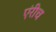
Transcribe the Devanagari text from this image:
एंरीच